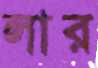
লার